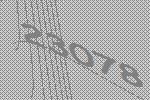
23078